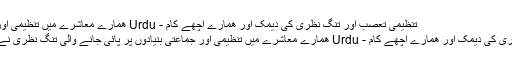
تنظیمی تعصب اور تنگ نظری کی دیمک اور ھمارے اچھے کام - Urdu ھمارے معاشرے میں تنظیمی اور جماعتی بنیادوں پر پائی...
تنظیمی تعصب اور تنگ نظری کی دیمک اور ھمارے اچھے کام - Urdu ھمارے معاشرے میں تنظیمی اور جماعتی بنیادوں پر پائی جانے والی تنگ نظری نے ھیمیں کہیں کا نہیں چھوڑا۔